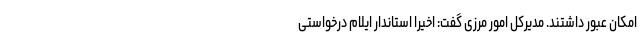
امکان عبور داشتند. مدیرکل امور مرزی گفت: اخیرا استاندار ایلام درخواستی